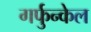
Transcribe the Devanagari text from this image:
गर्फुन्केल